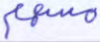
مسهم